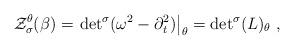
LaTeX: \begin{align*}{\cal Z}_\sigma^\theta (\beta) =\left.{\det}^\sigma (\omega^2 - \partial_t^2 ) \right|_\theta={ \det}^\sigma (L)_\theta\;,\end{align*}